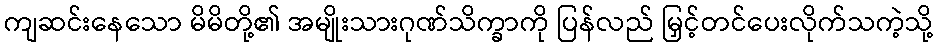
ကျဆင်းနေသော မိမိတို့၏ အမျိုးသားဂုဏ်သိက္ခာကို ပြန်လည် မြှင့်တင်ပေးလိုက်သကဲ့သို့